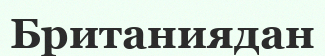
Британиядан